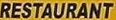
RESTAURANT